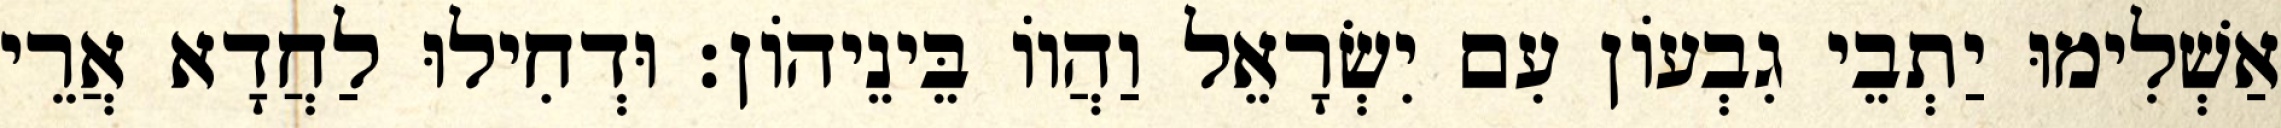
אַשְׁלִימוּ יַתְבֵי גִבְעוֹן עִם יִשְׂרָאֵל וַהֲווֹ בֵּינֵיהוֹן׃ וּדְחִילוּ לַחֲדָא אֲרֵי